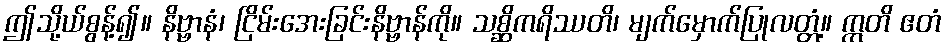
ဤသို့ယ်စွန့်၍။ နိဗ္ဗာနံ၊ ငြိမ်းအေးခြင်းနိဗ္ဗာန်ကို။ သစ္ဆိကရိဿတိ၊ မျက်မှောက်ပြုလတ္တံ့။ ဣတိ ဧတံ